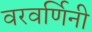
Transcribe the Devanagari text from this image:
वरवर्णिनी